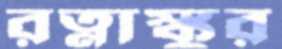
রত্নাঙ্কুর